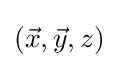
({\vec {x}},{\vec {y}},z)